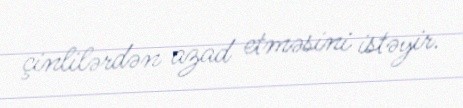
çinlilərdən azad etməsini istəyir.